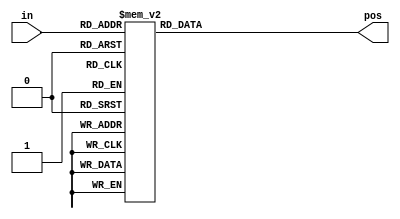
// synthesis verilog_input_version verilog_2001
module top_module (
    input [3:0] in,
    output reg [1:0] pos  );
    
    always @(*) begin
        case(in)
            4'b0000: pos = 2'b00;
            4'b0001: pos = 2'b00;
            4'b0010: pos = 2'b01;
            4'b0011: pos = 2'b00;
            4'b0100: pos = 2'b10;
            4'b0101: pos = 2'b00;
            4'b0110: pos = 2'b01;
            4'b0111: pos = 2'b00;
            4'b1000: pos = 2'b11;
            4'b1001: pos = 2'b00;
            4'b1010: pos = 2'b01;
            4'b1011: pos = 2'b00;
            4'b1100: pos = 2'b10;
            4'b1101: pos = 2'b00;
            4'b1110: pos = 2'b01;
            4'b1111: pos = 2'b00;
            
        endcase
        
    end
endmodule